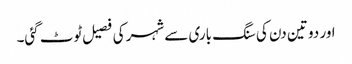
اور دو تین دن کی سنگ باری سے شہر کی فصیل ٹوٹ گئی۔